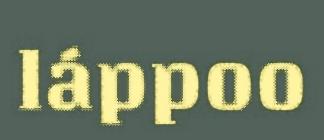
láppoo